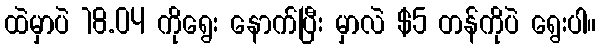
ထဲမှာပဲ 18.04 ကိုရွေး နောက်ပြီး မှာလဲ $5 တန်ကိုပဲ ရွေးပါ။